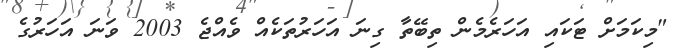
"މިކަމަށް ޓަކައި އަހަރެމެން ތިބޭތާ ގިނަ އަހަރުތަކެއް ވެއްޖެ 2003 ވަނަ އަހަރުގެ